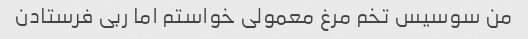
من سوسیس تخم مرغ معمولی خواستم اما ربی فرستادن